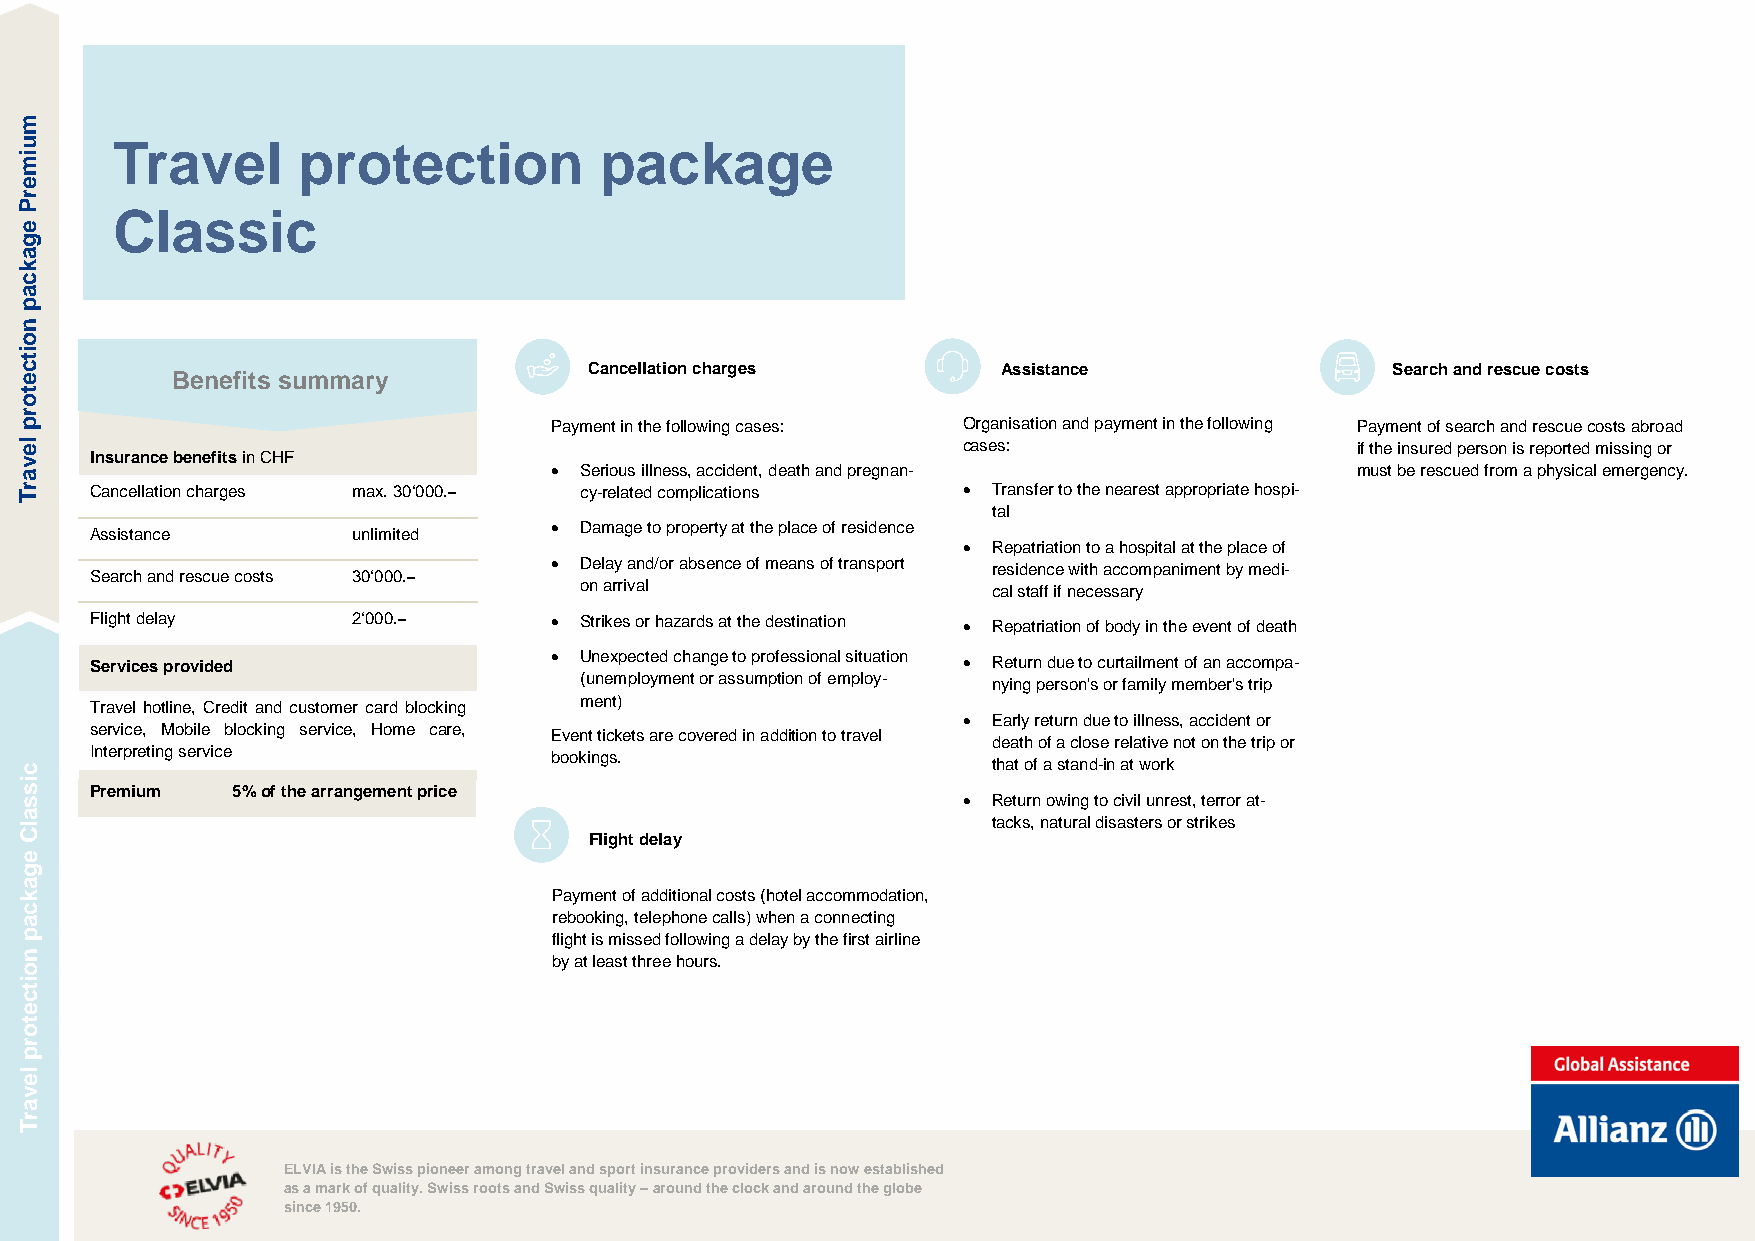
Travel       protection          package
 C  lassic
 Benefits summary
 Cancellation charges       Assistance                Search and rescue costs
 Payment in the following cases: Organisation and payment in the following Payment of search and rescue costs abroad
 Insurance benefits in CHF
 cases:                    if the insured person is reported missing or
 • Serious illness, accident, death and pregnan-       must be rescued from a physical emergency.
 Cancellation charges max. 30‘000.– c y-related complications • Transfer to the nearest appropriate hospi-
 tal
 Assi stance      unlimited
 • Damage to property at the place of residence
 • Repatriation to a hospital at the place of
 Se arch and rescue costs 30‘000.–
 • Delay and/or absence of means of transport residence with accompaniment by medi-
 on arrival                  cal staff if necessary
 Flight delay     2‘000.–      • Strikes or hazards at the destination • Repatriation of body in the event of death
 Services provided             • Unexpected change to professional situation • Return due to curtailment of an accompa-
 (unemployment or assumption of employ- nying person's or family member's trip
 ment)
 Travel hotline, Credit and customer card blocking
 • Early return due to illness, accident or
 service, Mobile blocking service, Home care, Event tickets are covered in addition to travel
 Inter preting service         bookings.
 death of a close relative not on the trip or
 that of a stand-in at work
 Prem ium 5% of the arrangement p rice                     • Return owing to civil unrest, terror at-
 tacks, natural disasters or strikes
 Flight delay
 Payment of additional costs (hotel accommodation,
 rebooking, telephone calls) when a connecting
 flight is missed following a delay by the first airline
 by at least three hours.
 ELVIA is the Swiss pioneer among travel and sport insurance providers and is now established
 as a mark of quality. Swiss roots and Swiss quality – around the clock and around the globe
 since 1950.
 muimerP
 egakcap
 noitcetorp
 levarT
 cissalC
 egakcap
 noitcetorp
 levarT